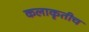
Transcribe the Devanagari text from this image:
कलाकृतीच